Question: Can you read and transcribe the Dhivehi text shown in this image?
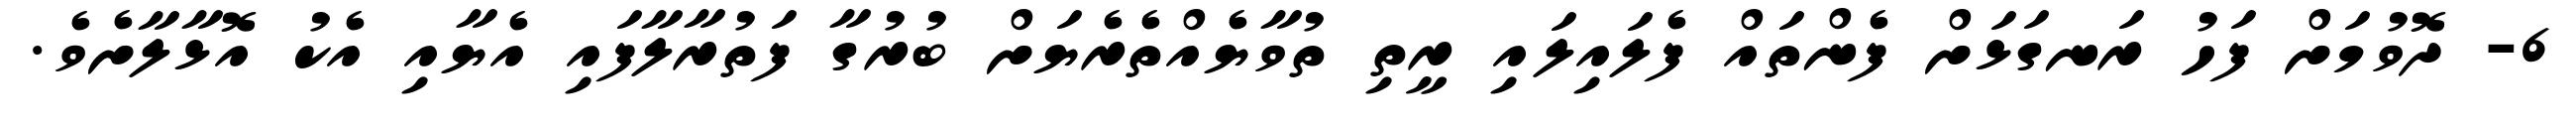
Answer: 6- ދޮވުމަށް ފަހު ރަނގަޅަށް ފެންތައް ފެލައިލައި ރީތި ތުވާޔެއްތެރެޔަށް ބުރުގާ ފަތުރާލާފައި އެޔާއި އެކު އޮޅާލާށެވެ.